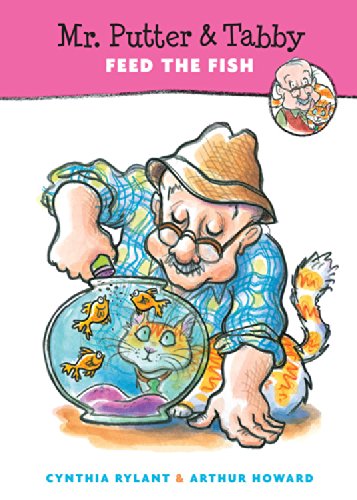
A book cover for Mr. Putter & Tabby Feed the Fish; Cynthia Rylant; Children's Books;